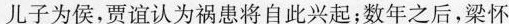
儿子为侯，贾谊认为祸患将自此兴起；数年之后，梁怀